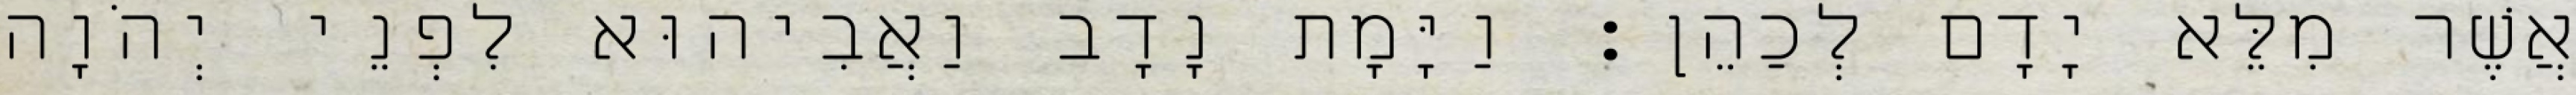
אֲשֶׁר מִלֵּא יָדָם לְכַהֵן׃ וַיָּמָת נָדָב וַאֲבִיהוּא לִפְנֵי יְהֹוָה